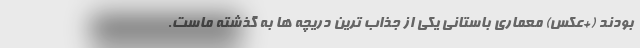
بودند (+عکس) معماری باستانی یکی از جذاب ترین دریچه ها به گذشته ماست.